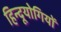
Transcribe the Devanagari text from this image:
हिन्दूयोगियों